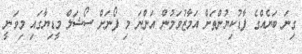
ގިނަ ބަޔެއްގެ ފާޑުކިޔުންތަށް އަމާޒުވަމުން އަންނަ މި ފޯނަށް ސޯޝަލް މީޑިޔާގައި މިވަނީ